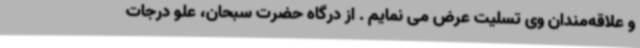
و علاقه‌مندان وی تسلیت عرض می نمایم . از درگاه حضرت سبحان، علو درجات